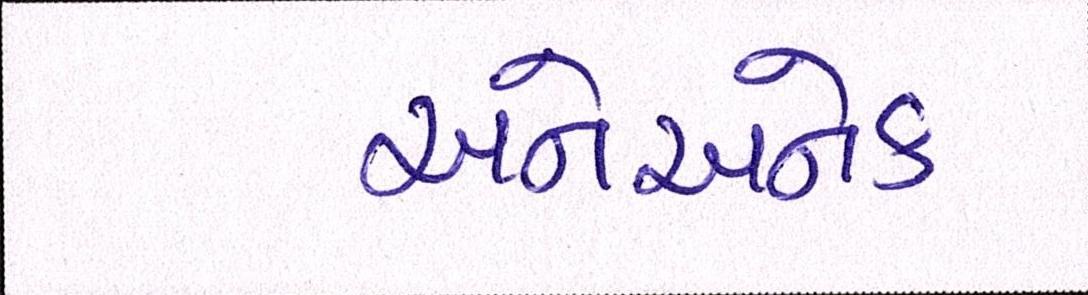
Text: અનેઅનેક